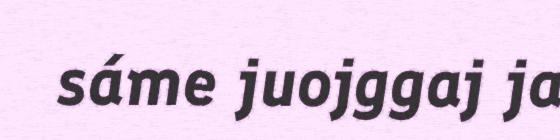
sáme juojggaj ja